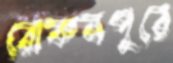
রোকনপুরে